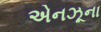
એનઝૂના